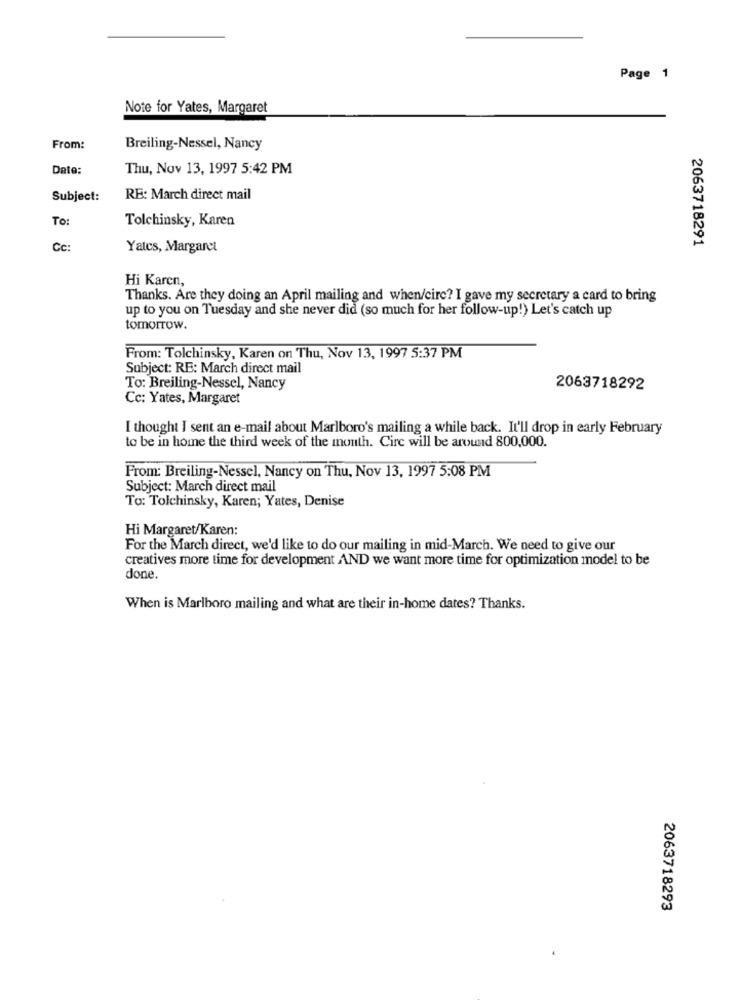
Page 1
Note for Yates, Margaret
From:
Breiling-Nessel, Nancy
Date:
Thu, Nov 13, 1997 5:42 PM
Subject:
RE: March direct mail
To:
Tolchinsky, Karen
2063718291
Cc:
Yates, Margaret
Hi Karen,
Thanks. Are they doing an April mailing and when/cire? I gave my secretary a card to bring
up to you on Tuesday and she never did (so much for her follow-up!) Let's catch up
tomorrow.
From: Tolchinsky, Karen on Thu, Nov 13, 1997 5:37 PM
Subject: RE: March direct mail
To: Breiling-Nessel, Nancy
2063718292
Cc: Yates, Margaret
I thought I sent an e-mail about Marlboro's mailing a while back. It'll drop in early February
to be in home the third week of the month. Circ will be around 800,000.
From: Breiling-Nessel, Nancy on Thu, Nov 13, 1997 5:08 PM
Subject: March direct mail
To: Tolchinsky, Karen; Yates, Denise
Hi Margaret/Karen:
For the March direct, we'd like to do our mailing in mid-March. We need to give our
creatives more time for development AND we want more time for optimization model to be
done.
When is Marlboro mailing and what are their in-home dates? Thanks.
2063718293